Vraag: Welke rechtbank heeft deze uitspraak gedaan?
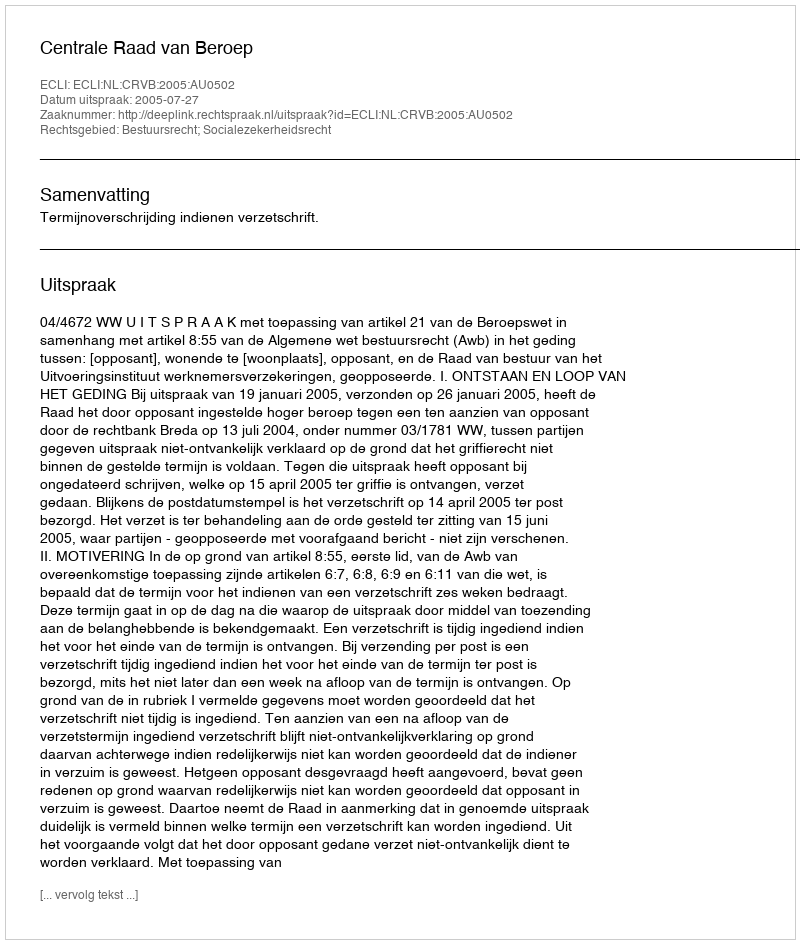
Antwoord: Centrale Raad van Beroep